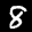
Label: 8